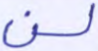
لن